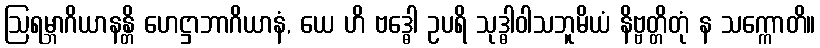
ဩရမ္ဘာဂိယာနန္တိ ဟေဋ္ဌာဘာဂိယာနံ, ယေ ဟိ ဗဒ္ဓေါ ဥပရိ သုဒ္ဓါဝါသဘူမိယံ နိဗ္ဗတ္တိတုံ န သက္ကောတိ။